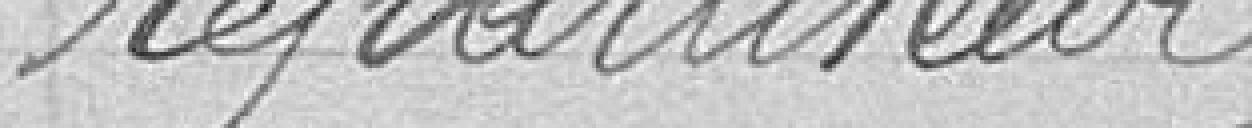
répartiteur